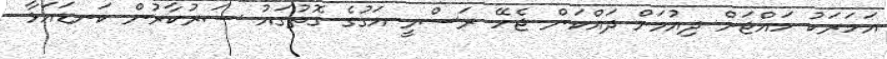
އަހަރަކު ހައްޖަށް ދިއުމަށް ދައްކަން ޖެހޭ ރަސްމީ އަގުގެ ގޮތުގައު ސަރުކާރުން ކަނޑައަޅާ